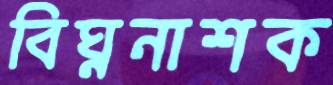
বিঘ্ননাশক